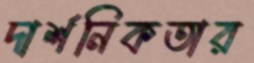
দার্শনিকতার